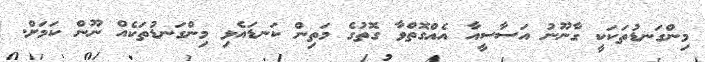
މިންގަނޑުތަކަކީ ގާނޫނު އަސާސީއާ އެއްގޮތްވާ ގޮތުގެ މަތިން ކަނޑައެޅި މިންގަނޑުތަކެއް ނޫން ކަމަށް.